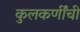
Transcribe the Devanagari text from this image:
कुलकर्णींची